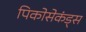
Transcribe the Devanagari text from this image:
पिकोसेकंड्स